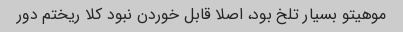
موهیتو بسیار تلخ بود، اصلا قابل خوردن نبود کلا ریختم دور